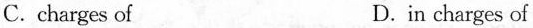
C.charges of D.in charges of